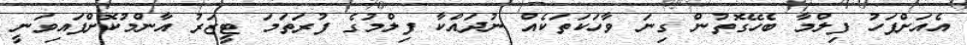
އެއަށްފަހު ފިލްމާ ބެހޭގޮތުން ގިނަ ވާހަކަތަކެއް ނުދައްކާ ފިލްމުގެ ފުރަތަމަ ޓީޒަރު އާންމުކޮށްފައިވަނީ